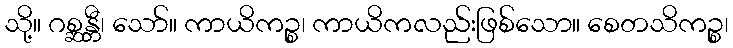
သို့။ ဂစ္ဆန္တီ၊ သော်။ ကာယိကဉ္စ၊ ကာယိကလည်းဖြစ်သော။ စေတသိကဉ္စ၊